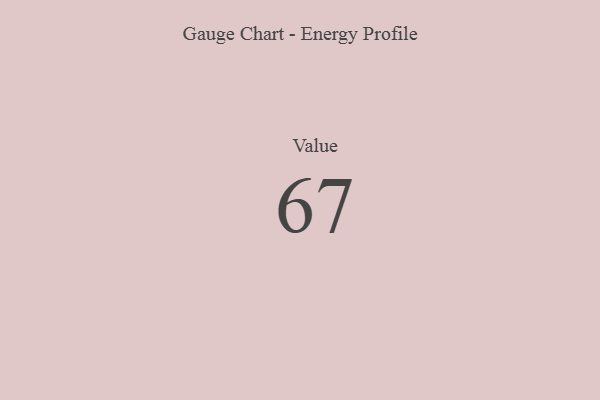
{"axis": {"x": "Metric", "y": "Value"}, "legend": [""], "data": [{"x": "Value", "y": 67, "type": ""}]}